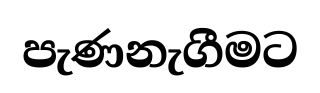
පැණනැගීමට